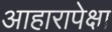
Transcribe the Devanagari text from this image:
आहारापेक्षा